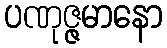
ပဏုဇ္ဇမာနော